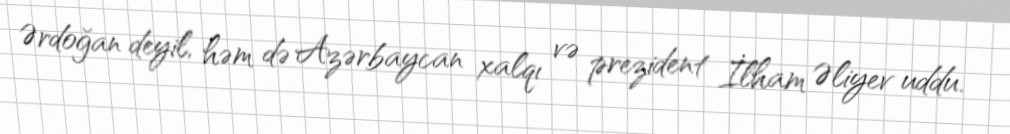
Ərdoğan deyil, həm də Azərbaycan xalqı və prezident İlham Əliyev uddu.